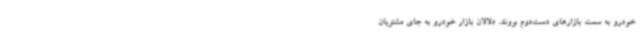
خودرو به سمت بازارهای دست‌دوم بروند. دلالان بازار خودرو به جای مشتریان